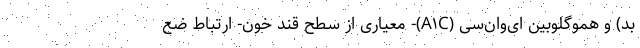
بد) و هموگلوبین ای‌وان‌سی (A۱C)- معیاری از سطح قند خون- ارتباط ضع